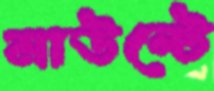
মাউন্টে